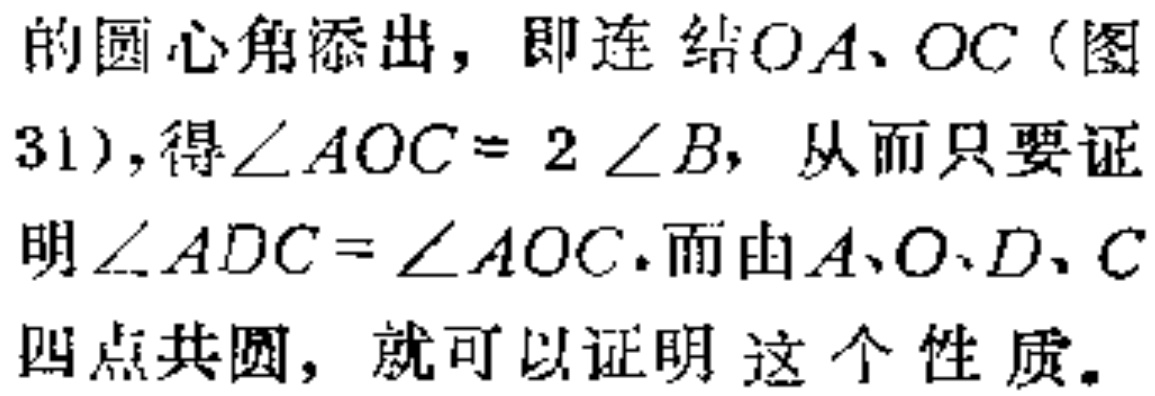
的圆心角添出，即连结\(OA、OC\)（图31），得\(\angle AOC = 2\angle B\)，从而只要证明\(\angle ADC=\angle AOC\).而由\(A、O、D、C\)四点共圆，就可以证明 这个性质。